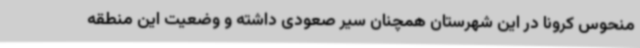
منحوس کرونا در این شهرستان همچنان سیر صعودی داشته و وضعیت این منطقه